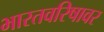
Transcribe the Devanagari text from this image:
भारतवरिषावर